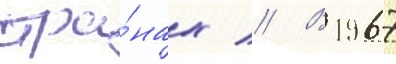
стра́нах // В 1967